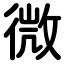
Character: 微